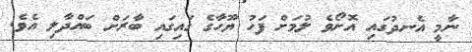
ނާމީ އެނދުގައި އޮށޯވެ ލުމަށް ފަހު ޔޫހާގެ ގައިގައި ބާރަށް ބައްދާލި އެވެ.